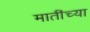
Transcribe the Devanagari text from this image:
मातींच्या